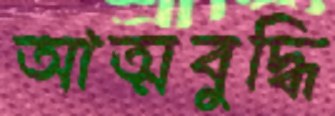
আত্মবুদ্ধি